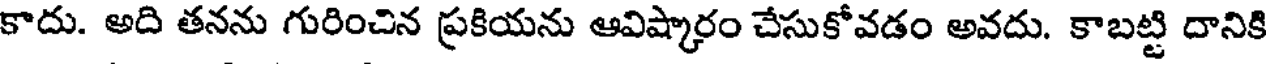
కాదు. అది తనను గురించిన ప్రకియను ఆవిష్కారం చేసుకోవడం అవదు. కాబట్టి దానికి